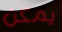
يمكن